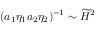
( a _ { 1 } \eta _ { 1 } a _ { 2 } \eta _ { 2 } ) ^ { - 1 } \sim \widetilde { H } ^ { 2 }